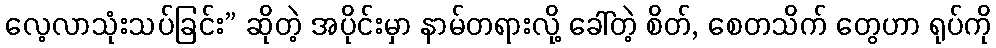
လေ့လာသုံးသပ်ခြင်း” ဆိုတဲ့ အပိုင်းမှာ နာမ်တရားလို့ ခေါ်တဲ့ စိတ်, စေတသိက် တွေဟာ ရုပ်ကို